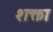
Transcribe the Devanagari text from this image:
शक्ता